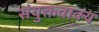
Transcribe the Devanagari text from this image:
संयुक्तवाक्य